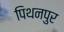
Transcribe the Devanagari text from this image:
पिथनपुर